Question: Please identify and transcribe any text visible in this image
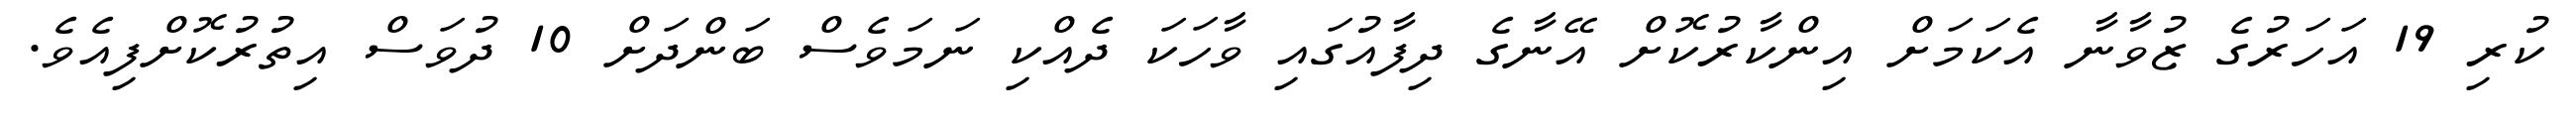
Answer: ކުރި 19 އަހަރުގެ ޒުވާނާ އެކަމަށް އިންކާރުކޮށް އޭނާގެ ދިފާއުގައި ވާހަކަ ދެއްކި ނަމަވެސް ބަންދަށް 10 ދުވަސް އިތުރުކޮށްފިއެވެ.